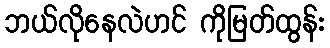
ဘယ်လိုနေလဲဟင် ကိုမြတ်ထွန်း